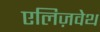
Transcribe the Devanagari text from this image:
एलिज़वेथ